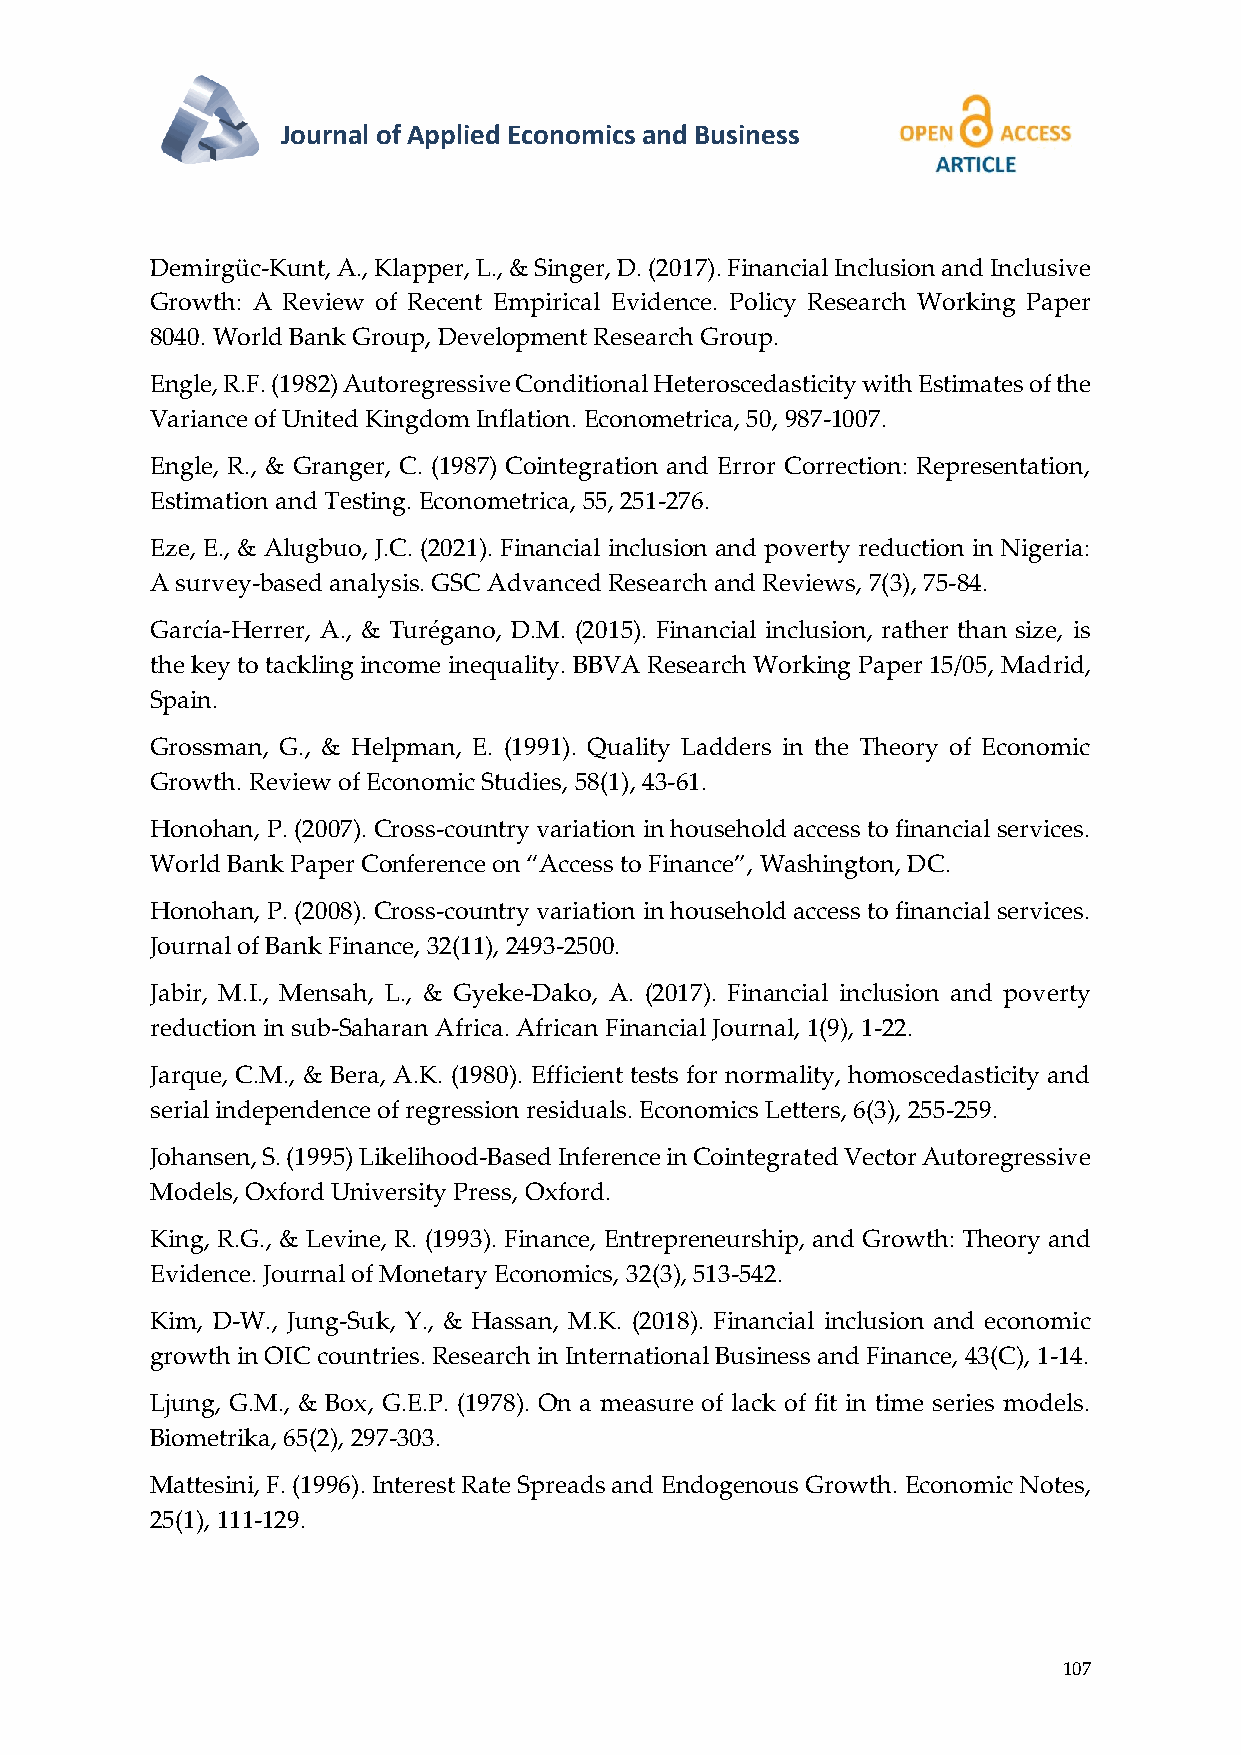
Journal of Applied Economics and Business
 Demirgüc-Kunt, A., Klapper, L., & Singer, D. (2017). Financial Inclusion and Inclusive
 Growth: A Review of Recent Empirical Evidence. Policy Research Working Paper
 8040. World Bank Group, Development Research Group.
 Engle, R.F. (1982) Autoregressive Conditional Heteroscedasticity with Estimates of the
 Variance of United Kingdom Inflation. Econometrica, 50, 987-1007.
 Engle, R., & Granger, C. (1987) Cointegration and Error Correction: Representation,
 Estimation and Testing. Econometrica, 55, 251-276.
 Eze, E., & Alugbuo, J.C. (2021). Financial inclusion and poverty reduction in Nigeria:
 A survey-based analysis. GSC Advanced Research and Reviews, 7(3), 75-84.
 García-Herrer, A., & Turégano, D.M. (2015). Financial inclusion, rather than size, is
 the key to tackling income inequality. BBVA Research Working Paper 15/05, Madrid,
 Spain.
 Grossman, G., & Helpman, E. (1991). Quality Ladders in the Theory of Economic
 Growth. Review of Economic Studies, 58(1), 43-61.
 Honohan, P. (2007). Cross-country variation in household access to financial services.
 World Bank Paper Conference on “Access to Finance”, Washington, DC.
 Honohan, P. (2008). Cross-country variation in household access to financial services.
 Journal of Bank Finance, 32(11), 2493-2500.
 Jabir, M.I., Mensah, L., & Gyeke-Dako, A. (2017). Financial inclusion and poverty
 reduction in sub-Saharan Africa. African Financial Journal, 1(9), 1-22.
 Jarque, C.M., & Bera, A.K. (1980). Efficient tests for normality, homoscedasticity and
 serial independence of regression residuals. Economics Letters, 6(3), 255-259.
 Johansen, S. (1995) Likelihood-Based Inference in Cointegrated Vector Autoregressive
 Models, Oxford University Press, Oxford.
 King, R.G., & Levine, R. (1993). Finance, Entrepreneurship, and Growth: Theory and
 Evidence. Journal of Monetary Economics, 32(3), 513-542.
 Kim, D-W., Jung-Suk, Y., & Hassan, M.K. (2018). Financial inclusion and economic
 growth in OIC countries. Research in International Business and Finance, 43(C), 1-14.
 Ljung, G.M., & Box, G.E.P. (1978). On a measure of lack of fit in time series models.
 Biometrika, 65(2), 297-303.
 Mattesini, F. (1996). Interest Rate Spreads and Endogenous Growth. Economic Notes,
 25(1), 111-129.
 107